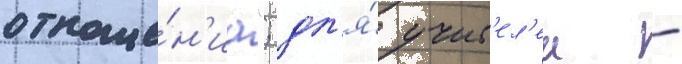
отноше́н'иа"; дл'я́ учит'ел'еи -